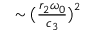
\sim \big ( \frac { r _ { 2 } \omega _ { 0 } } { c _ { 3 } } \big ) ^ { 2 }